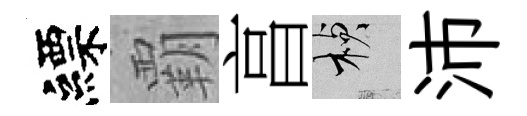
縹覇亯楨沛